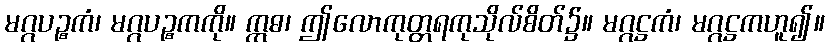
မဂ္ဂပဉ္စကံ၊ မဂ္ဂပဉ္စကကို။ ဣဓ၊ ဤလောကုတ္တရကုသိုလ်စိတ်၌။ မဂ္ဂဋ္ဌကံ၊ မဂ္ဂဋ္ဌကဟူ၍။